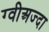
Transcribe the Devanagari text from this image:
ग्वीअज्दा